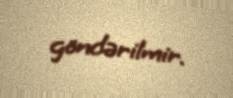
göndərilmir.